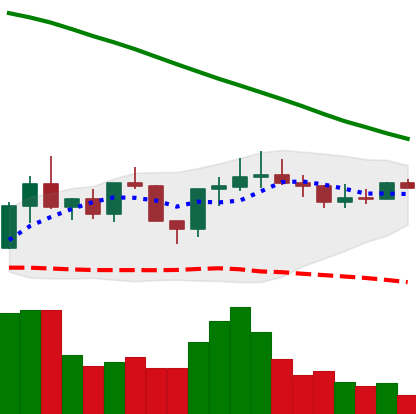
Ticker: ADA-USD
Chart end date: 2022-08-06
Forward return: 3.912%
Label: up_3_5